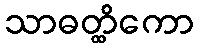
သာဓတ္ထိကော